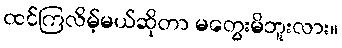
ထင်ကြလိမ့်မယ်ဆိုတာ မတွေးမိဘူးလား။